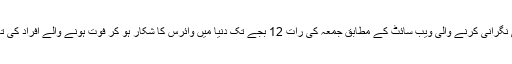
عالمی سطح پر نوول کورونا وائرس کی نگرانی کرنے والی ویب سائٹ کے مطابق جمعہ کی رات 12 بجے تک دنیا میں وائرس کا شکار ہو کر فوت ہونے والے افراد کی تعداد 26 ہزار 819 تک پہنچ چکی تھی۔